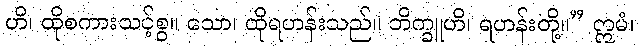
ဟိ၊ ထိုစကားသင့်စွ။ သော၊ ထိုရဟန်းသည်။ ဘိက္ခူဟိ၊ ရဟန်းတို့။” ဣမံ၊